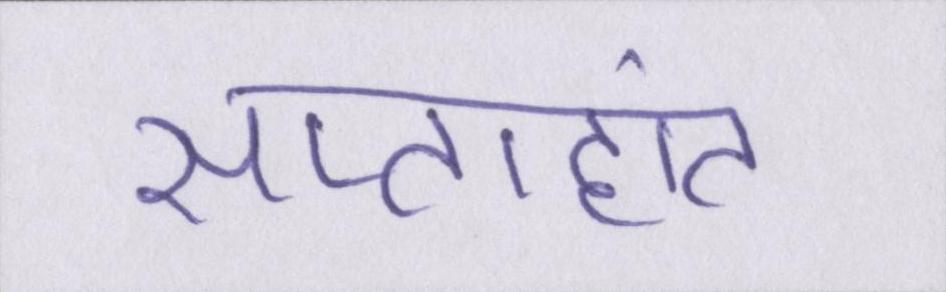
सप्ताहांत